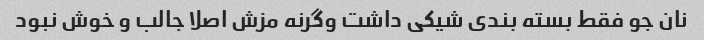
نان جو فقط بسته بندی شیکی داشت وگرنه مزش اصلا جالب و خوش نبود